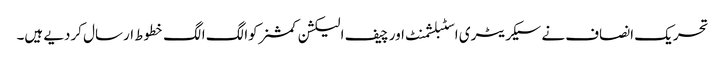
تحریک انصاف نے سیکریٹری اسٹبلشمنٹ اور چیف الیکشن کمشنرکوالگ الگ خطوط ارسال کردیے ہیں۔